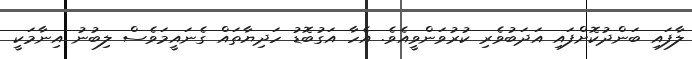
ލާފައި ބަންދުކޮށްފައި އަދަބުވެރި ކުރުވަންވީއެވެ. އެހާ އަގުބޮޑު ހަދިޔާތައް ގެނައީމަވެސް ލިބުނު އިނާމަކީ